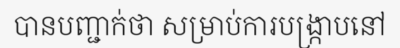
បានបញ្ជាក់ថា សម្រាប់ការបង្ក្រាបនៅ